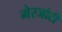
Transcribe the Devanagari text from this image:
मेरजोटी